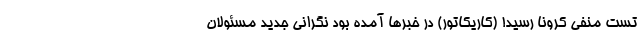
تست منفی کرونا رسید! (کاریکاتور) در خبرها آمده بود نگرانی جدید مسئولان